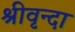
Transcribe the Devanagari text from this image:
श्रीवृन्दा